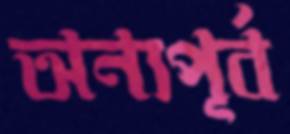
অন্যপূর্ব